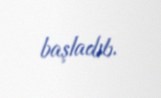
başladıb.